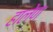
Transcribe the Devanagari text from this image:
हालेण